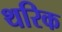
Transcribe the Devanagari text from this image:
थरिक